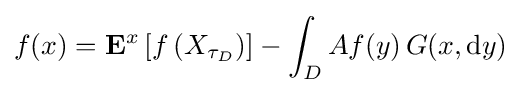
f(x)=\mathbf {E} ^{x}\left[f\left(X_{\tau _{D}}\right)\right]-\int _{D}Af(y)\,G(x,\mathrm {d} y)